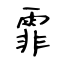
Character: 霏